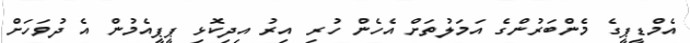
އެމްޑީޕީގެ މެންބަރުންގެ އަމަލުތަށް އެހެން ހުރި އިރު އިދިކޮޅި ޕީޕީއެމުން އެ ދުވަހަށް